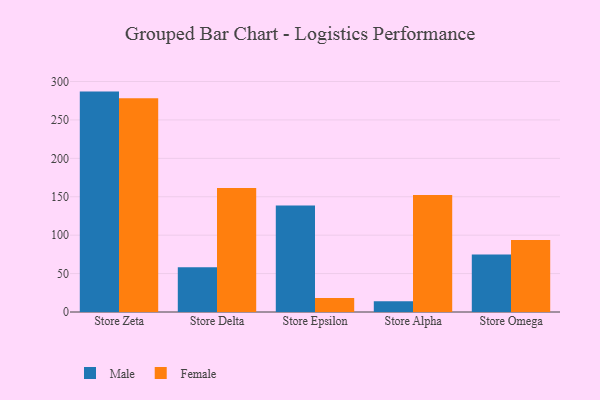
{"axis": {"x": "Store", "y": "Churn Rate (%)"}, "legend": ["Female", "Male"], "data": [{"x": "Store Zeta", "y": 286.9, "type": "Male"}, {"x": "Store Zeta", "y": 278.2, "type": "Female"}, {"x": "Store Delta", "y": 58.3, "type": "Male"}, {"x": "Store Delta", "y": 161.5, "type": "Female"}, {"x": "Store Epsilon", "y": 138.7, "type": "Male"}, {"x": "Store Epsilon", "y": 18.1, "type": "Female"}, {"x": "Store Alpha", "y": 14.0, "type": "Male"}, {"x": "Store Alpha", "y": 152.3, "type": "Female"}, {"x": "Store Omega", "y": 74.8, "type": "Male"}, {"x": "Store Omega", "y": 93.6, "type": "Female"}]}